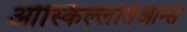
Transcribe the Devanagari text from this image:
ओस्किल्लतिओन्स